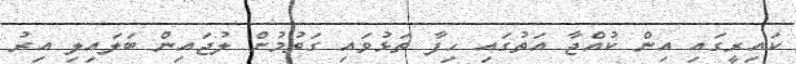
ކައިރީގައި އިން ކުއްޖާ އަތުގައި ހިފާ ތަޅުވައި ގަތުމުން ލުޖައިން ބަލައިލި އިރު